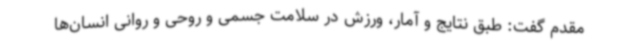
مقدم گفت: طبق نتایج و آمار، ورزش در سلامت جسمی و روحی و روانی انسان‌ها